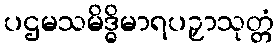
ပဌမသမိဒ္ဓိမာရပဉှာသုတ္တံ